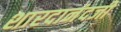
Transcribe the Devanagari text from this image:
शारदानंदजी